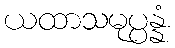
ယထာသမုပ္ပန္နံ